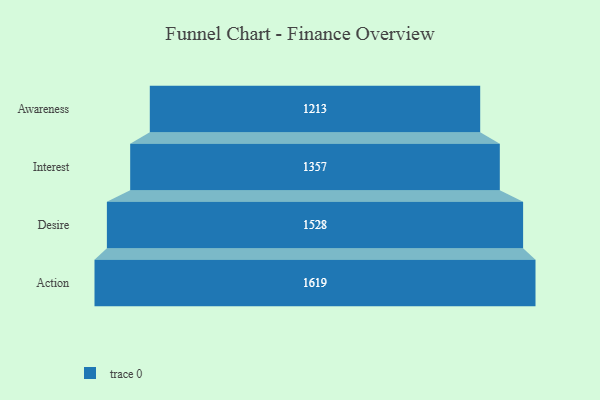
{"axis": {"x": "Stage", "y": "Value"}, "legend": [""], "data": [{"x": "Awareness", "y": 1213.0, "type": ""}, {"x": "Interest", "y": 1357.0, "type": ""}, {"x": "Desire", "y": 1528.0, "type": ""}, {"x": "Action", "y": 1619.0, "type": ""}]}